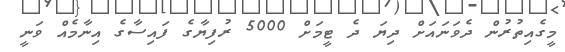
މީގެއިތުރުން ދެވަނައަށް ދިޔަ ދެ ޓީމަށް 5000 ރުފިޔާގެ ފައިސާގެ އިނާމެއް ވަނީ